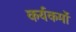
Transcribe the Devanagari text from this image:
कर्यकर्मो